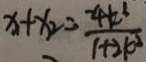
x _ { 1 } + x _ { 2 } = \frac { - 4 k ^ { 2 } } { 1 + 2 k ^ { 2 } }